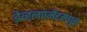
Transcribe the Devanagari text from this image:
डेव्हलपमेंटमधून